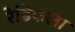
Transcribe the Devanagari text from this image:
रेडिफला